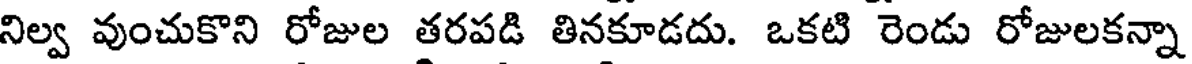
నిల్వ వుంచుకొని రోజుల తరపడి తినకూడదు. ఒకటి రెండు రోజులకన్నా